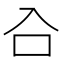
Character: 𭆹